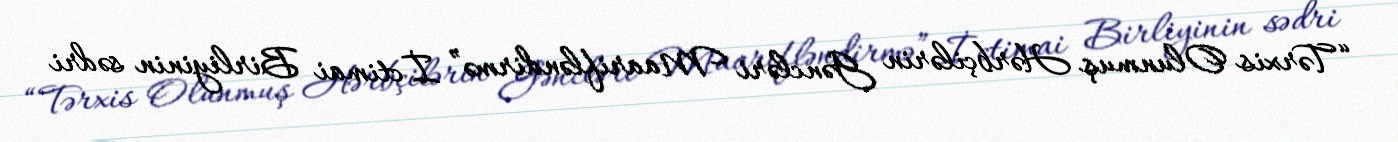
“Tərxis Olunmuş Hərbçilərin Gəncləri Maarifləndirmə” İctimai Birliyinin sədri